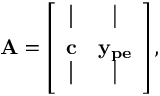
\mathbf { A } = \left[ \begin{array} { c c c c } { \rule { 0.5 pt } { 2.5 ex } } & { \rule { 0.5 pt } { 2.5 ex } } \\ { \mathbf { c } } & { \mathbf { y _ { p e } } } \\ { \rule { 0.5 pt } { 2.5 ex } } & { \rule { 0.5 pt } { 2.5 ex } } \end{array} \right] ,